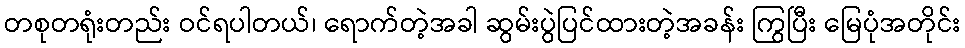
တစုတရုံးတည်း ဝင်ရပါတယ်၊ ရောက်တဲ့အခါ ဆွမ်းပွဲပြင်ထားတဲ့အခန်း ကြွပြီး မြေပုံအတိုင်း